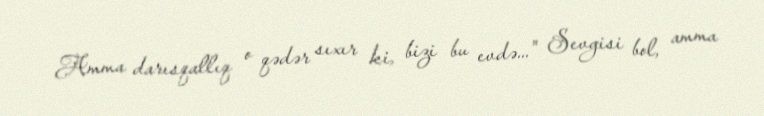
Amma darısqallıq o qədər sıxır ki, bizi bu evdə..." Sevgisi bol, amma